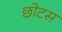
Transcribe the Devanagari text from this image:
छोटस